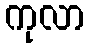
ကုလာ